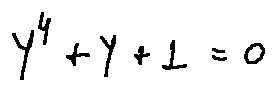
y ^ { 4 } + y + 1 = 0